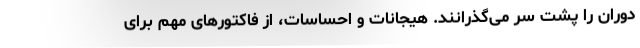
دوران را پشت سر می‌گذرانند. هیجانات و احساسات، از فاکتورهای مهم برای